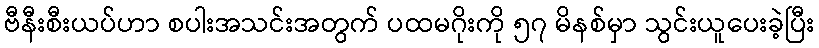
ဗီနီးစီးယပ်ဟာ စပါးအသင်းအတွက် ပထမဂိုးကို ၅၇ မိနစ်မှာ သွင်းယူပေးခဲ့ပြီး